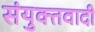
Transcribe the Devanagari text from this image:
संयुक्तवादी